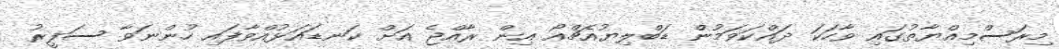
މިރަސްމިއްޔާތުގައި ވާހަކަ ދައްކަވަމުން ޑަބްލިޔުއެޗްއޯ އިން ރާއްޖެ އަށް ކަނޑައަޅުއްވާފައި ހުންނަވާ ސަފީރު